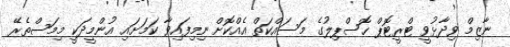
ނާޒިމް ވިދާޅުވީ ޓްރީޓޮޕް ހޮސްޕިލުގެ މަސައްކަތް އެއްކޮށް ނިމިފައިވާ ކަަމަށައި އުންމީދަކީ މިމަސްތެރޭ